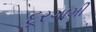
દૂરગામી